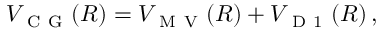
V _ { \mathrm { ~ C ~ G ~ } } ( R ) = V _ { \mathrm { ~ M ~ V ~ } } ( R ) + V _ { \mathrm { ~ D ~ 1 ~ } } ( R ) \, ,